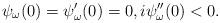
LaTeX: \begin{align*}\psi_\omega(0)=\psi'_\omega(0)=0, i\psi_\omega''(0)< 0.\end{align*}